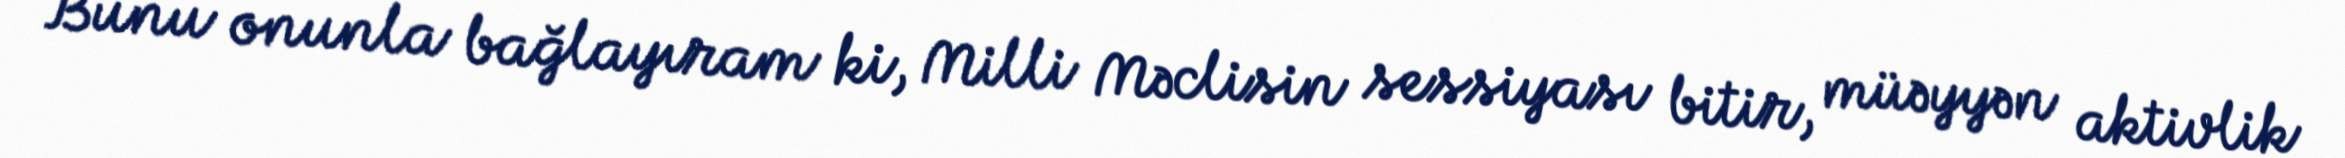
Bunu onunla bağlayıram ki, Milli Məclisin sessiyası bitir, müəyyən aktivlik